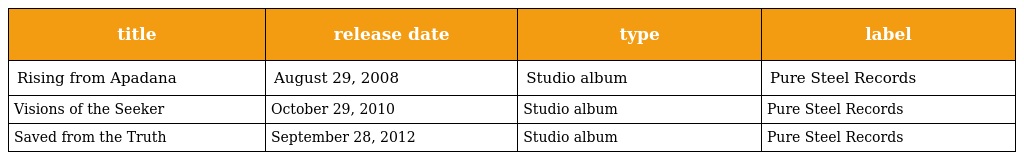
| title | release date | type | label |
 | --- | --- | --- | --- |
 | Rising from Apadana | August 29, 2008 | Studio album | Pure Steel Records |
 | Visions of the Seeker | October 29, 2010 | Studio album | Pure Steel Records |
 | Saved from the Truth | September 28, 2012 | Studio album | Pure Steel Records |